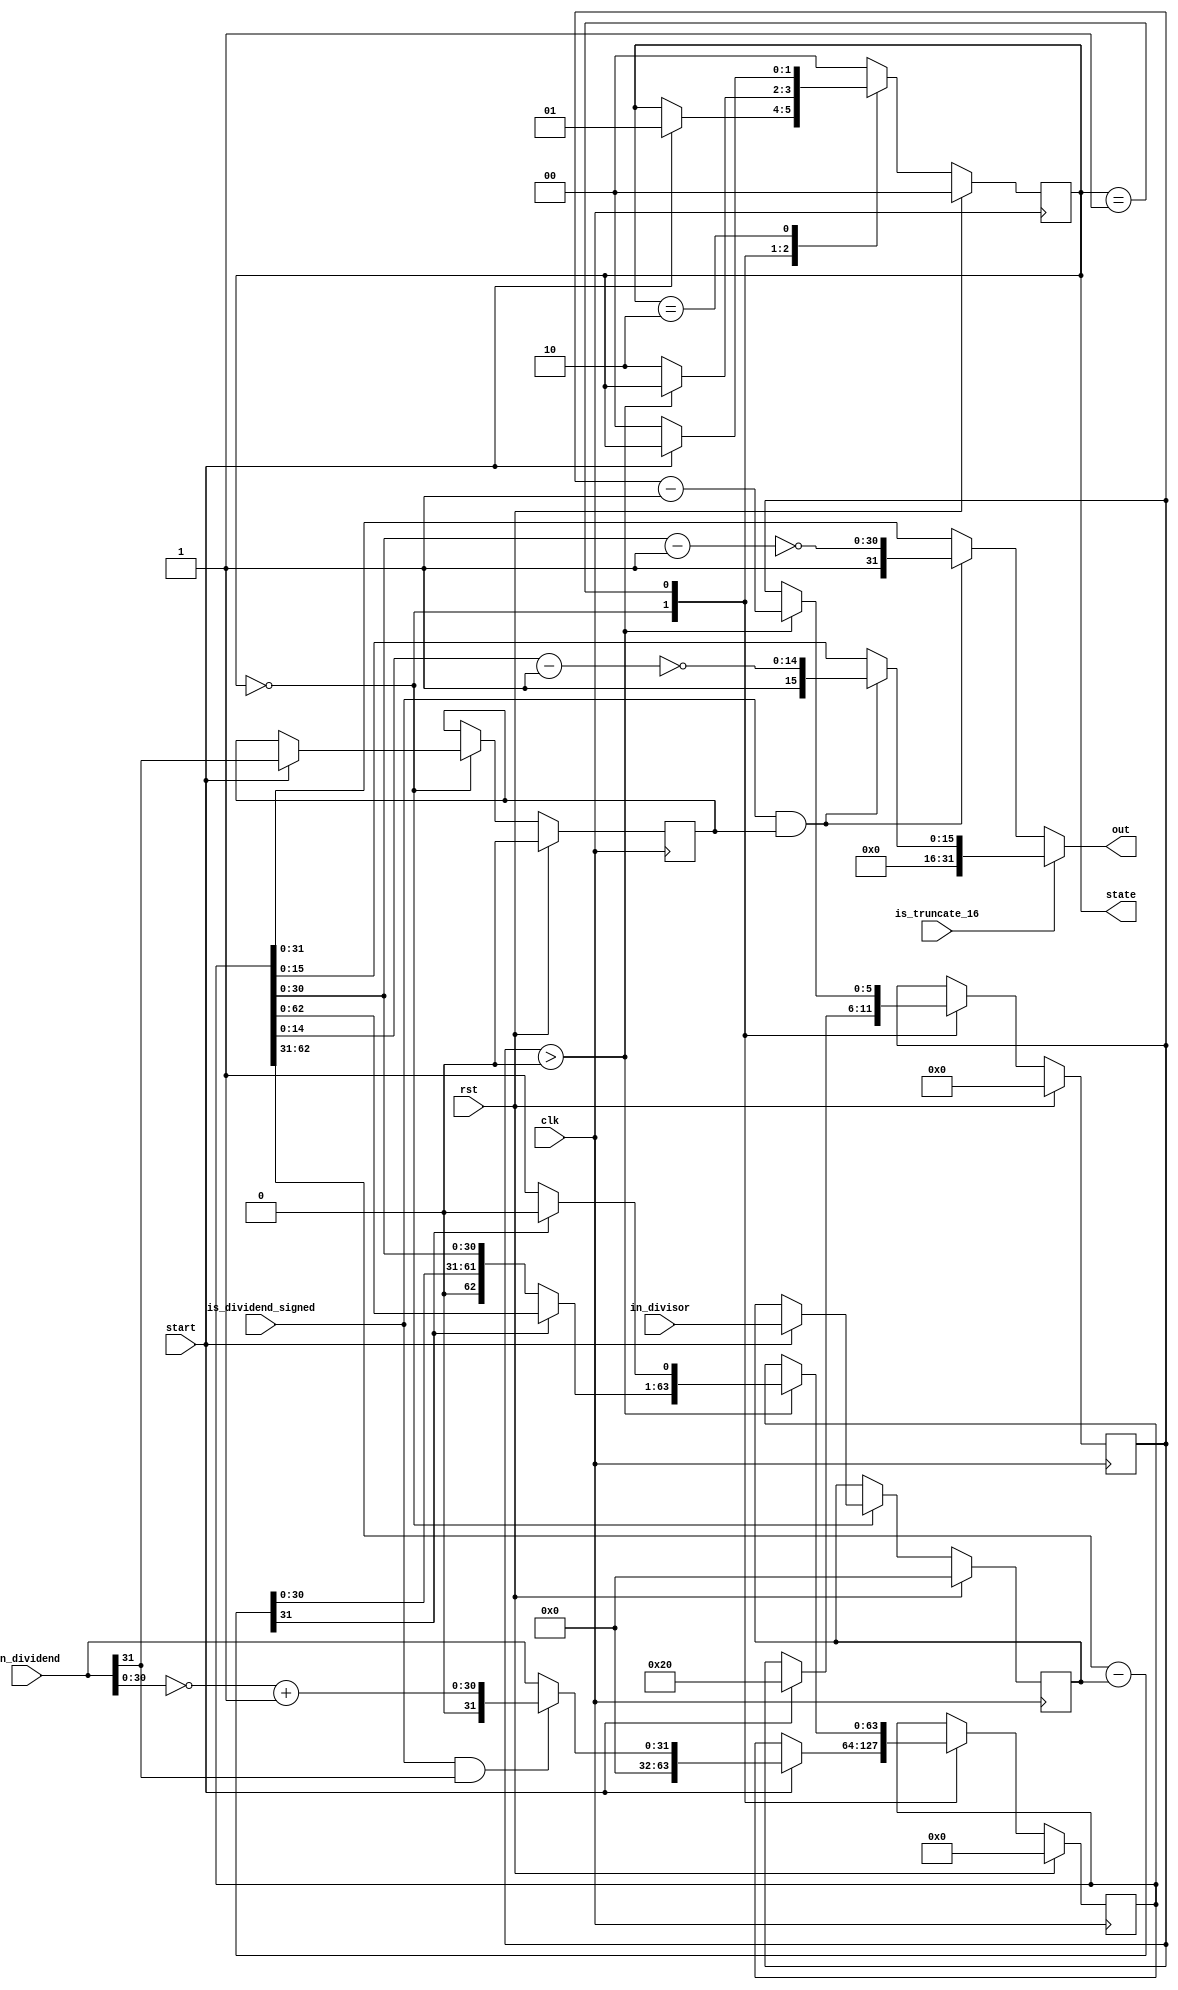
`ifndef DIV32x32_V
`define DIV32x32_V

// Raise start from low to high to begin calculation
// Keep start high until you have received the output
// The output will change while calculations are ongoing, and depends on the input

`define div32x32_IDLE 2'd0
`define div32x32_CALC_BUSY 2'd1
`define div32x32_CALC_COMPLETE 2'd2

//Restoring Division
module div32x32(
   input wire clk,
   input wire rst,
   input wire start,
   input wire [31:0] in_dividend,
   input wire [31:0] in_divisor,
   input wire is_dividend_signed,
   input wire is_truncate_16, // Is output of the division 16 bits, inputs is still 32 bits
   output reg [31:0] out,
   output reg [1:0] state
);

reg sign;
reg [31:0] D;
reg [63:0] AQ;
reg [31:0] temp_A;
reg [5:0]  count;

always @(*) begin
    if(is_truncate_16) begin
        if(is_dividend_signed && sign) begin // Negative
            out = {16'b0, 1'b1, ~(AQ[14:0] - 15'd1)};
        end else begin
            out = {16'b0, AQ[15:0]};
        end
    end else begin
        if(is_dividend_signed && sign) begin // Negative
            out = {1'b1, ~(AQ[30:0] - 31'd1)};
        end else begin
            out = AQ[31:0];
        end
    end
end

always @(posedge clk) begin
    if (rst) begin
        state <= `div32x32_IDLE;
        count <= 0;
        D <= 0;
        AQ = 0;
        temp_A = 0;
        sign <= 0;
    end else begin
        case(state)
            `div32x32_IDLE: begin
                if(start) begin
                    state <= `div32x32_CALC_BUSY;
                    count <= 32;
                    D <= in_divisor;
                    sign <= in_dividend[31];
                    if(is_dividend_signed && in_dividend[31]) begin // Negative
                        AQ = {32'b0, ~in_dividend[30:0] + 31'd1};
                    end else begin
                        AQ = {32'b0, in_dividend};
                    end
                end
            end
            `div32x32_CALC_BUSY: begin
                if(count > 0) begin
                    count <= count - 1;
        
	            AQ = AQ << 1;
                    temp_A = AQ[63:32] - D;
            
                    if (temp_A[31] == 1) begin // temp_A is negative
                        AQ[0] = 0;
                    end else begin
                    // Update with subtracted value
                    AQ[63:0] = {temp_A, AQ[31:1], 1'b1};
                    end
	        end else begin
	            state <= `div32x32_CALC_COMPLETE;
	        end
            end
            `div32x32_CALC_COMPLETE: begin
               if(!start)
                   state <= `div32x32_IDLE;
            end
            default: state <= `div32x32_IDLE;
        endcase
   end
end

endmodule

`endif
/*Non restoring division module div32x32(
input wire clk,
input wire rst,
input wire [31:0] dividend, 
input wire [31:0] divisor,
output wire ready,
input wire start,
output reg [31:0] quotient
);

wire start_rising;
rising_edge_detector rising_edge_detector0(.in(start), .clk(clk), .out(start_rising));

   reg [31:0] D;
   reg [63:0] AQ;
   reg [5:0]  count;
   reg one_bit;
   
   assign ready = start;
   
   always @( posedge clk) begin
     if (rst) begin
        count <= 0;
            D <= 0;
            AQ = 0;
            quotient <= 0;
            one_bit = 0;
     end else if( start_rising ) begin
        count <= 32;
        D <= divisor;
        AQ = {32'b0, dividend};
     end else if (count > 0) begin
            count <= count - 1;
            
            one_bit = AQ[63];
            AQ = AQ << 1;
            
            if(one_bit == 0) begin // A is positive
            	AQ[63:32] = AQ[63:32] - D;
            end else begin
            	AQ[63:32] = AQ[63:32] + D;
            end
             
            AQ[0] = ~AQ[63];
     end else if (count == 0) begin
        // Only if you need the remainder
        // if(AQ[63] == 1) // A is negative
        //    AQ[63:32] = AQ[63:32] + D;
            
     	quotient <= AQ[31:0];
     end
   end
endmodule*/